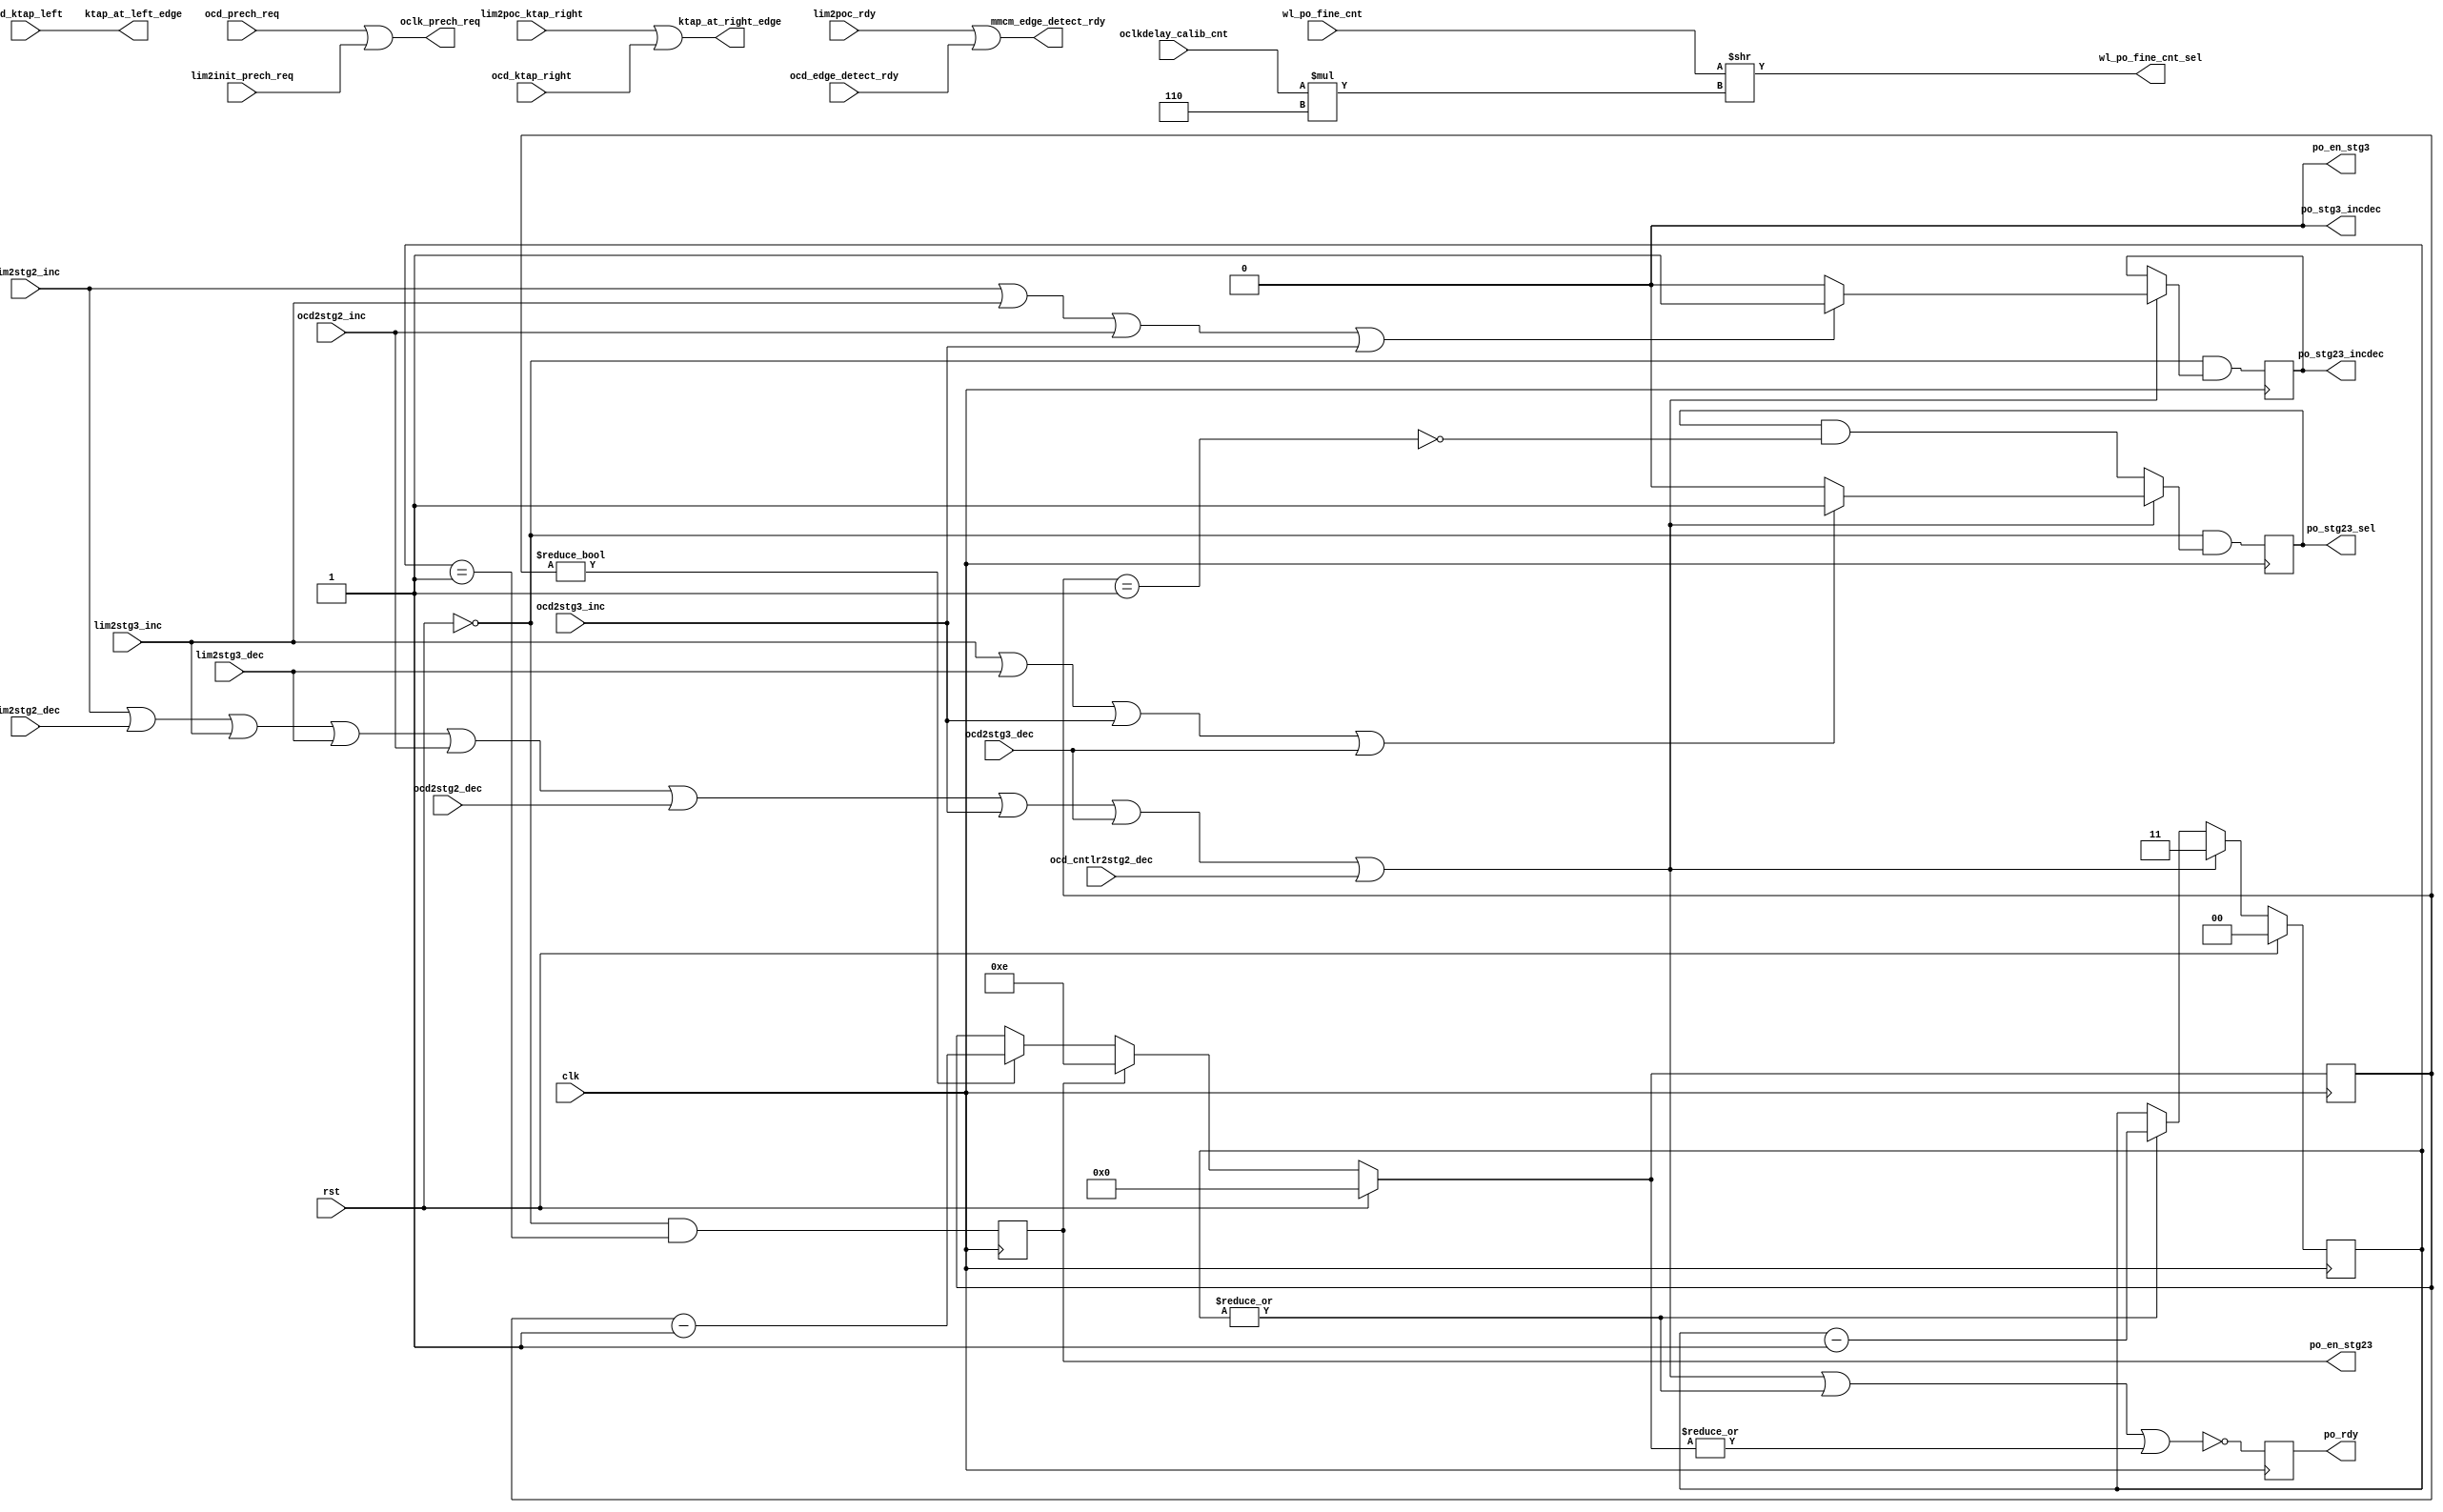
//*****************************************************************************
// (c) Copyright 2009 - 2013 Xilinx, Inc. All rights reserved.
//
// This file contains confidential and proprietary information
// of Xilinx, Inc. and is protected under U.S. and
// international copyright and other intellectual property
// laws.
//
// DISCLAIMER
// This disclaimer is not a license and does not grant any
// rights to the materials distributed herewith. Except as
// otherwise provided in a valid license issued to you by
// Xilinx, and to the maximum extent permitted by applicable
// law: (1) THESE MATERIALS ARE MADE AVAILABLE "AS IS" AND
// WITH ALL FAULTS, AND XILINX HEREBY DISCLAIMS ALL WARRANTIES
// AND CONDITIONS, EXPRESS, IMPLIED, OR STATUTORY, INCLUDING
// BUT NOT LIMITED TO WARRANTIES OF MERCHANTABILITY, NON-
// INFRINGEMENT, OR FITNESS FOR ANY PARTICULAR PURPOSE; and
// (2) Xilinx shall not be liable (whether in contract or tort,
// including negligence, or under any other theory of
// liability) for any loss or damage of any kind or nature
// related to, arising under or in connection with these
// materials, including for any direct, or any indirect,
// special, incidental, or consequential loss or damage
// (including loss of data, profits, goodwill, or any type of
// loss or damage suffered as a result of any action brought
// by a third party) even if such damage or loss was
// reasonably foreseeable or Xilinx had been advised of the
// possibility of the same.
//
// CRITICAL APPLICATIONS
// Xilinx products are not designed or intended to be fail-
// safe, or for use in any application requiring fail-safe
// performance, such as life-support or safety devices or
// systems, Class III medical devices, nuclear facilities,
// applications related to the deployment of airbags, or any
// other applications that could lead to death, personal
// injury, or severe property or environmental damage
// (individually and collectively, "Critical
// Applications"). Customer assumes the sole risk and
// liability of any use of Xilinx products in Critical
// Applications, subject only to applicable laws and
// regulations governing limitations on product liability.
//
// THIS COPYRIGHT NOTICE AND DISCLAIMER MUST BE RETAINED AS
// PART OF THIS FILE AT ALL TIMES.
//
//*****************************************************************************
//   ____  ____
//  /   /\/   /
// /___/  \  /    Vendor: Xilinx
// \   \   \/     Version: %version
//  \   \         Application: MIG
//  /   /         Filename: ddr_phy_v4_0_phy_ocd_mux.v
// /___/   /\     Date Last Modified: $Date: 2011/02/25 02:07:40 $
// \   \  /  \    Date Created: Aug 03 2009 
//  \___\/\___\
//
//Device: 7 Series
//Design Name: DDR3 SDRAM
//Purpose: The limit block and the _po_cntlr block both manipulate
// the phaser out and the POC.  This block muxes those commands
// together, and encapsulates logic required for meeting phaser
// setup and wait times.
// 
//Reference:
//Revision History:
//*****************************************************************************

`timescale 1ps/1ps

module mig_7series_v4_2_ddr_phy_ocd_mux #
  (parameter DQS_CNT_WIDTH   = 3,
   parameter DQS_WIDTH       = 8,
   parameter TCQ             = 100)
  (/*AUTOARG*/
  // Outputs
  ktap_at_left_edge, ktap_at_right_edge, mmcm_edge_detect_rdy,
  po_stg3_incdec, po_en_stg3, po_en_stg23, po_stg23_sel,
  po_stg23_incdec, po_rdy, wl_po_fine_cnt_sel, oclk_prech_req,
  // Inputs
  clk, rst, ocd_ktap_right, ocd_ktap_left, lim2poc_ktap_right,
  lim2poc_rdy, ocd_edge_detect_rdy, lim2stg2_inc, lim2stg2_dec,
  lim2stg3_inc, lim2stg3_dec, ocd2stg2_inc, ocd2stg2_dec,
  ocd_cntlr2stg2_dec, ocd2stg3_inc, ocd2stg3_dec, wl_po_fine_cnt,
  oclkdelay_calib_cnt, lim2init_prech_req, ocd_prech_req
  );

  function integer clogb2 (input integer size); // ceiling logb2
    begin
      size = size - 1;
      for (clogb2=1; size>1; clogb2=clogb2+1)
            size = size >> 1;
    end
  endfunction // clogb2

  localparam PO_WAIT = 15;
  localparam POW_WIDTH = clogb2(PO_WAIT);
  localparam ONE = 1;
  localparam TWO = 2;

  input clk;
  input rst;

  input ocd_ktap_right, ocd_ktap_left;
  input lim2poc_ktap_right;
  output ktap_at_left_edge, ktap_at_right_edge;
  assign ktap_at_left_edge = ocd_ktap_left;
  assign ktap_at_right_edge = lim2poc_ktap_right || ocd_ktap_right;
  
  input lim2poc_rdy;
  input ocd_edge_detect_rdy;
  output mmcm_edge_detect_rdy;
  assign mmcm_edge_detect_rdy = lim2poc_rdy || ocd_edge_detect_rdy;
  
  // po_stg3_incdec and po_en_stg3 are deprecated and should be removed.
  output po_stg3_incdec;
  output po_en_stg3;
  assign po_stg3_incdec = 1'b0;
  assign po_en_stg3 = 1'b0;


  reg [1:0] po_setup_ns, po_setup_r;
  always @(posedge clk) po_setup_r <= #TCQ po_setup_ns;

  input lim2stg2_inc;
  input lim2stg2_dec;

  input lim2stg3_inc;
  input lim2stg3_dec;

  input ocd2stg2_inc;
  input ocd2stg2_dec;
  input ocd_cntlr2stg2_dec;
  
  input ocd2stg3_inc;
  input ocd2stg3_dec;

  wire setup_po = 
       lim2stg2_inc || lim2stg2_dec || lim2stg3_inc || lim2stg3_dec ||
       ocd2stg2_inc || ocd2stg2_dec || ocd2stg3_inc || ocd2stg3_dec || ocd_cntlr2stg2_dec;

  always @(*) begin
    po_setup_ns = po_setup_r;
    if (rst) po_setup_ns = 2'b00;
    else if (setup_po) po_setup_ns = 2'b11;
    else if (|po_setup_r) po_setup_ns = po_setup_r - 2'b01;
  end

  reg po_en_stg23_r;
  wire po_en_stg23_ns = ~rst && po_setup_r == 2'b01;
  always @(posedge clk) po_en_stg23_r <= #TCQ po_en_stg23_ns;
  output po_en_stg23;
  assign po_en_stg23 = po_en_stg23_r; 

  wire sel_stg3 = lim2stg3_inc || lim2stg3_dec || ocd2stg3_inc || ocd2stg3_dec;

  reg [POW_WIDTH-1:0] po_wait_r, po_wait_ns;
  reg po_stg23_sel_r;
  // Reset to zero at the end.  Makes adjust stg2 at end of centering
  // get the correct value of po_counter_read_val.
  wire po_stg23_sel_ns = ~rst && (setup_po 
                                    ? sel_stg3
                                       ? 1'b1 
                                       : 1'b0 
                                    : po_stg23_sel_r && !(po_wait_r == ONE[POW_WIDTH-1:0]));
  always @(posedge clk) po_stg23_sel_r <= #TCQ po_stg23_sel_ns;
  output po_stg23_sel;
  assign po_stg23_sel = po_stg23_sel_r;

  wire po_inc = lim2stg2_inc || lim2stg3_inc || ocd2stg2_inc || ocd2stg3_inc;

  reg po_stg23_incdec_r;
  wire po_stg23_incdec_ns = ~rst && (setup_po ? po_inc ? 1'b1 : 1'b0 : po_stg23_incdec_r);
  always @(posedge clk) po_stg23_incdec_r <= #TCQ po_stg23_incdec_ns;
  output po_stg23_incdec;
  assign po_stg23_incdec = po_stg23_incdec_r;


  always @(posedge clk) po_wait_r <= #TCQ po_wait_ns;
  always @(*) begin
    po_wait_ns = po_wait_r;
    if (rst) po_wait_ns = {POW_WIDTH{1'b0}};
    else if (po_en_stg23_r) po_wait_ns = PO_WAIT[POW_WIDTH-1:0] - ONE[POW_WIDTH-1:0];
    else if (po_wait_r != {POW_WIDTH{1'b0}}) po_wait_ns = po_wait_r - ONE[POW_WIDTH-1:0];	   
  end
  
  wire po_rdy_ns = ~(setup_po || |po_setup_r || |po_wait_ns);
  reg po_rdy_r;
  always @(posedge clk) po_rdy_r <= #TCQ po_rdy_ns;
  
  output po_rdy;
  assign po_rdy = po_rdy_r;

  input [6*DQS_WIDTH-1:0] wl_po_fine_cnt;
  input [DQS_CNT_WIDTH:0] oclkdelay_calib_cnt;
  wire [6*DQS_WIDTH-1:0] wl_po_fine_shifted = wl_po_fine_cnt >> oclkdelay_calib_cnt*6;
  output [5:0] wl_po_fine_cnt_sel;
  assign wl_po_fine_cnt_sel = wl_po_fine_shifted[5:0];

  input lim2init_prech_req;
  input ocd_prech_req;
  output oclk_prech_req;
  assign oclk_prech_req = ocd_prech_req || lim2init_prech_req;
	
endmodule // mig_7series_v4_2_ddr_phy_ocd_mux